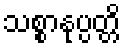
သစ္စာနုပ္ပတ္တိ